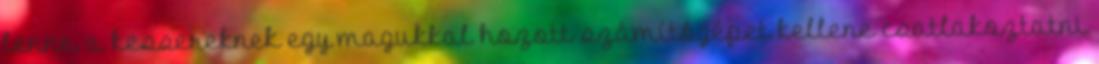
lenne, a kessereknek egy magukkal hozott számítógépet kellene csatlakoztatni